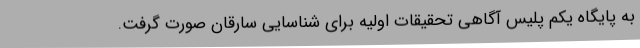
به پایگاه یکم پلیس آگاهی تحقیقات اولیه برای شناسایی سارقان صورت گرفت.